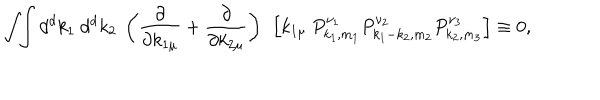
\int \! \! \int d ^ { d } k _ { 1 } ~ d ^ { d } k _ { 2 } ~ \left( \frac { \partial } { \partial k _ { 1 \mu } } + \frac { \partial } { \partial k _ { 2 \mu } } \right) ~ \left[ k _ { 1 \mu } ~ P _ { k _ { 1 } , m _ { 1 } } ^ { \nu _ { 1 } } P _ { k _ { 1 } - k _ { 2 } , m _ { 2 } } ^ { \nu _ { 2 } } P _ { k _ { 2 } , m _ { 3 } } ^ { \nu _ { 3 } } \right] \equiv 0 ,